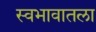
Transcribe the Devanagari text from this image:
स्वभावातला